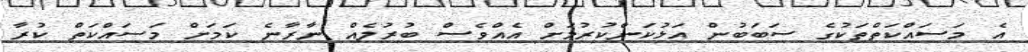
އެ މަސައްކަތްތަކުގެ ސަބަބުން އަޅުކަންކުރުމަށް އެއްވެސް ބުރުލެއް ނާރާނެ ކަމަށް މަސައްކަތް ކުރާ